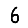
Digit: 6